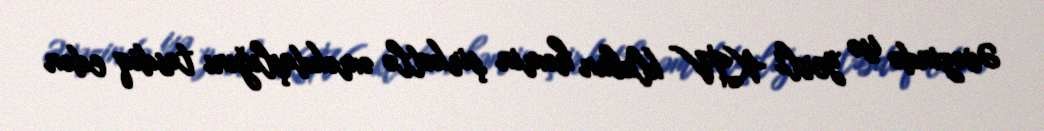
Əvəzində isə yerli KİV klubun həmin şirkətlə əməkdaşlığını təsdiq edən